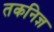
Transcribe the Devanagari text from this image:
तकनिज्ञ